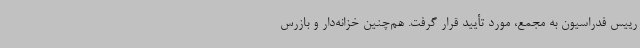
رییس فدراسیون به مجمع، مورد تأیید قرار گرفت. هم‌چنین خزانه‌دار و بازرس